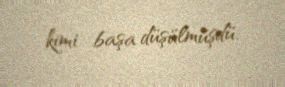
kimi başa düşülmüşdü.